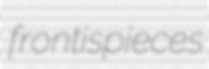
frontispieces